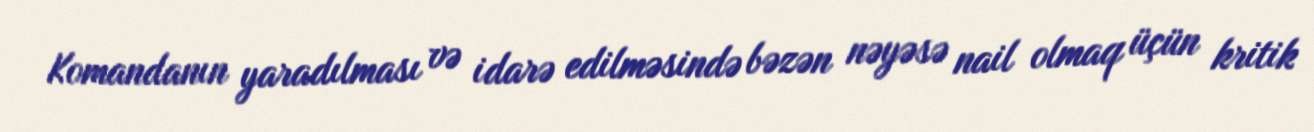
Komandanın yaradılması və idarə edilməsində bəzən nəyəsə nail olmaq üçün kritik